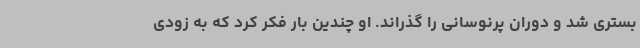
بستری شد و دوران پرنوسانی را گذراند. او چندین بار فکر کرد که به زودی